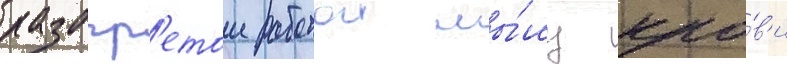
разогр'етои работои мы́шц кро́в'и